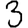
Digit: 3